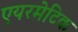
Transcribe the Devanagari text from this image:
एयरमेटिक